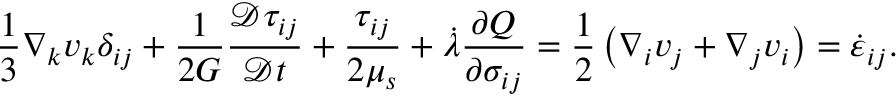
\frac { 1 } { 3 } \nabla _ { k } v _ { k } \delta _ { i j } + \frac { 1 } { 2 G } \frac { \mathcal { D } \tau _ { i j } } { \mathcal { D } t } + \frac { \tau _ { i j } } { 2 \mu _ { s } } + \dot { \lambda } \frac { \partial Q } { \partial \sigma _ { i j } } = \frac { 1 } { 2 } \left( \nabla _ { i } v _ { j } + \nabla _ { j } v _ { i } \right) = \dot { \varepsilon } _ { i j } .